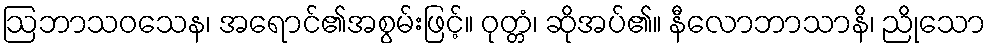
ဩဘာသဝသေန၊ အရောင်၏အစွမ်းဖြင့်။ ဝုတ္တံ၊ ဆိုအပ်၏။ နီလောဘာသာနိ၊ ညိုသော